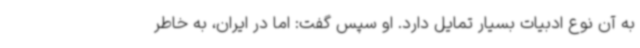
به آن نوع ادبیات بسیار تمایل دارد. او سپس گفت: اما در ایران، به خاطر